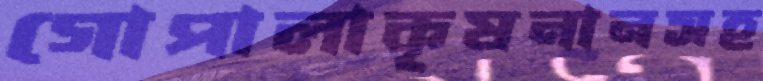
গোপালাকৃষনানসহ